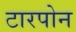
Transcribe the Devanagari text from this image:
टारपोन